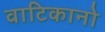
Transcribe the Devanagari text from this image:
वाटिकानो